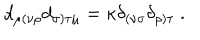
LaTeX: d _ { \mu ( \nu \rho } d _ { \sigma ) \tau \mu } = \kappa \delta _ { ( \nu \sigma } \delta _ { \rho ) \tau } \ .